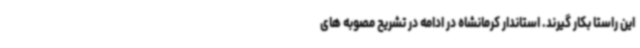
این راستا بکار گیرند. استاندار کرمانشاه در ادامه در تشریح مصوبه های